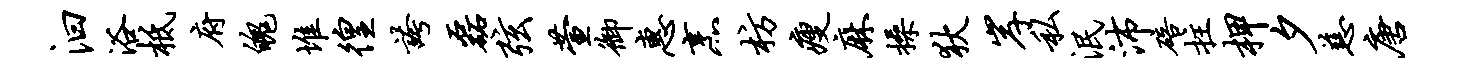
汩浴柢府魄堆徨夸磊弦萱御惠烹枋瘦麻操狄岸私泯沛碚拄柙夕慈唐